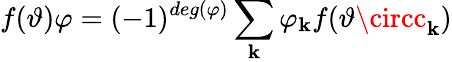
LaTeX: f(\vartheta)\varphi=(-1)^{deg(\varphi)}\sum_{\mathbf{k}}\varphi_{\mathbf{k}}f(\vartheta\circc_{\mathbf{k}})